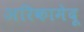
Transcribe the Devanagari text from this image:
अरिकामेदू